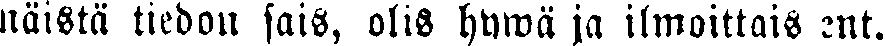
näistä tiedon sais, olis hywä ja ilmoittais ent.